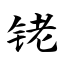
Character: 铑